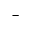
^ -